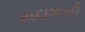
યદામાની